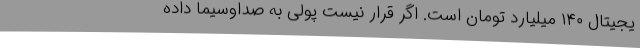
یجیتال ۱۴۰ میلیارد تومان است. اگر قرار نیست پولی به صداوسیما داده